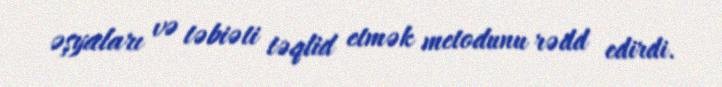
əşyaları və təbiəti təqlid etmək metodunu rədd edirdi.